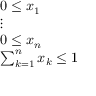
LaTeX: \begin{array} { l } { 0 \leq x _ { 1 } } \\ { \vdots } \\ { 0 \leq x _ { n } } \\ { \sum _ { k = 1 } ^ { n } x _ { k } \leq 1 } \end{array}